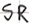
Text: SR